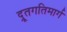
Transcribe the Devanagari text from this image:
द्रूतगतिमार्ग